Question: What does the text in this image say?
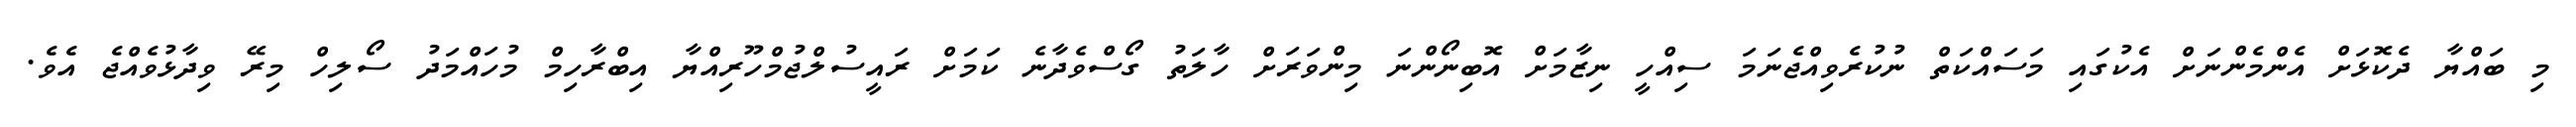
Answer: މި ބައްޔާ ދެކޮޅަށް އެންމެންނަށް އެކުގައި މަސައްކަތް ނުކުރެވިއްޖެނަމަ ސިއްހީ ނިޒާމަށް އޮބިނޯންނަ މިންވަރަށް ހާލަތު ގޯސްވެދާނެ ކަމަށް ރައީސުލްޖުމްހޫރިއްޔާ އިބްރާހިމް މުހައްމަދު ސޯލިހް މިރޭ ވިދާޅުވެއްޖެ އެވެ.